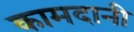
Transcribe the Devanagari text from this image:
कामदानी